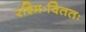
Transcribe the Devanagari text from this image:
रश्मिःविततः